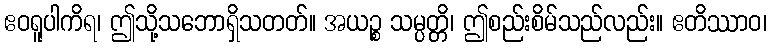
ဧဝရူပါကိရ၊ ဤသို့သဘောရှိသတတ်။ အယဉ္စ သမ္ပတ္တိ၊ ဤစည်းစိမ်သည်လည်း။ ဧတိဿာဝ၊